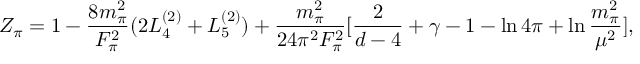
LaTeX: Z _ { \pi } = 1 - \frac { 8 m _ { \pi } ^ { 2 } } { F _ { \pi } ^ { 2 } } ( 2 L _ { 4 } ^ { ( 2 ) } + L _ { 5 } ^ { ( 2 ) } ) + \frac { m _ { \pi } ^ { 2 } } { 2 4 \pi ^ { 2 } F _ { \pi } ^ { 2 } } [ \frac 2 { d - 4 } + \gamma - 1 - \ln 4 \pi + \ln \frac { m _ { \pi } ^ { 2 } } { \mu ^ { 2 } } ] ,